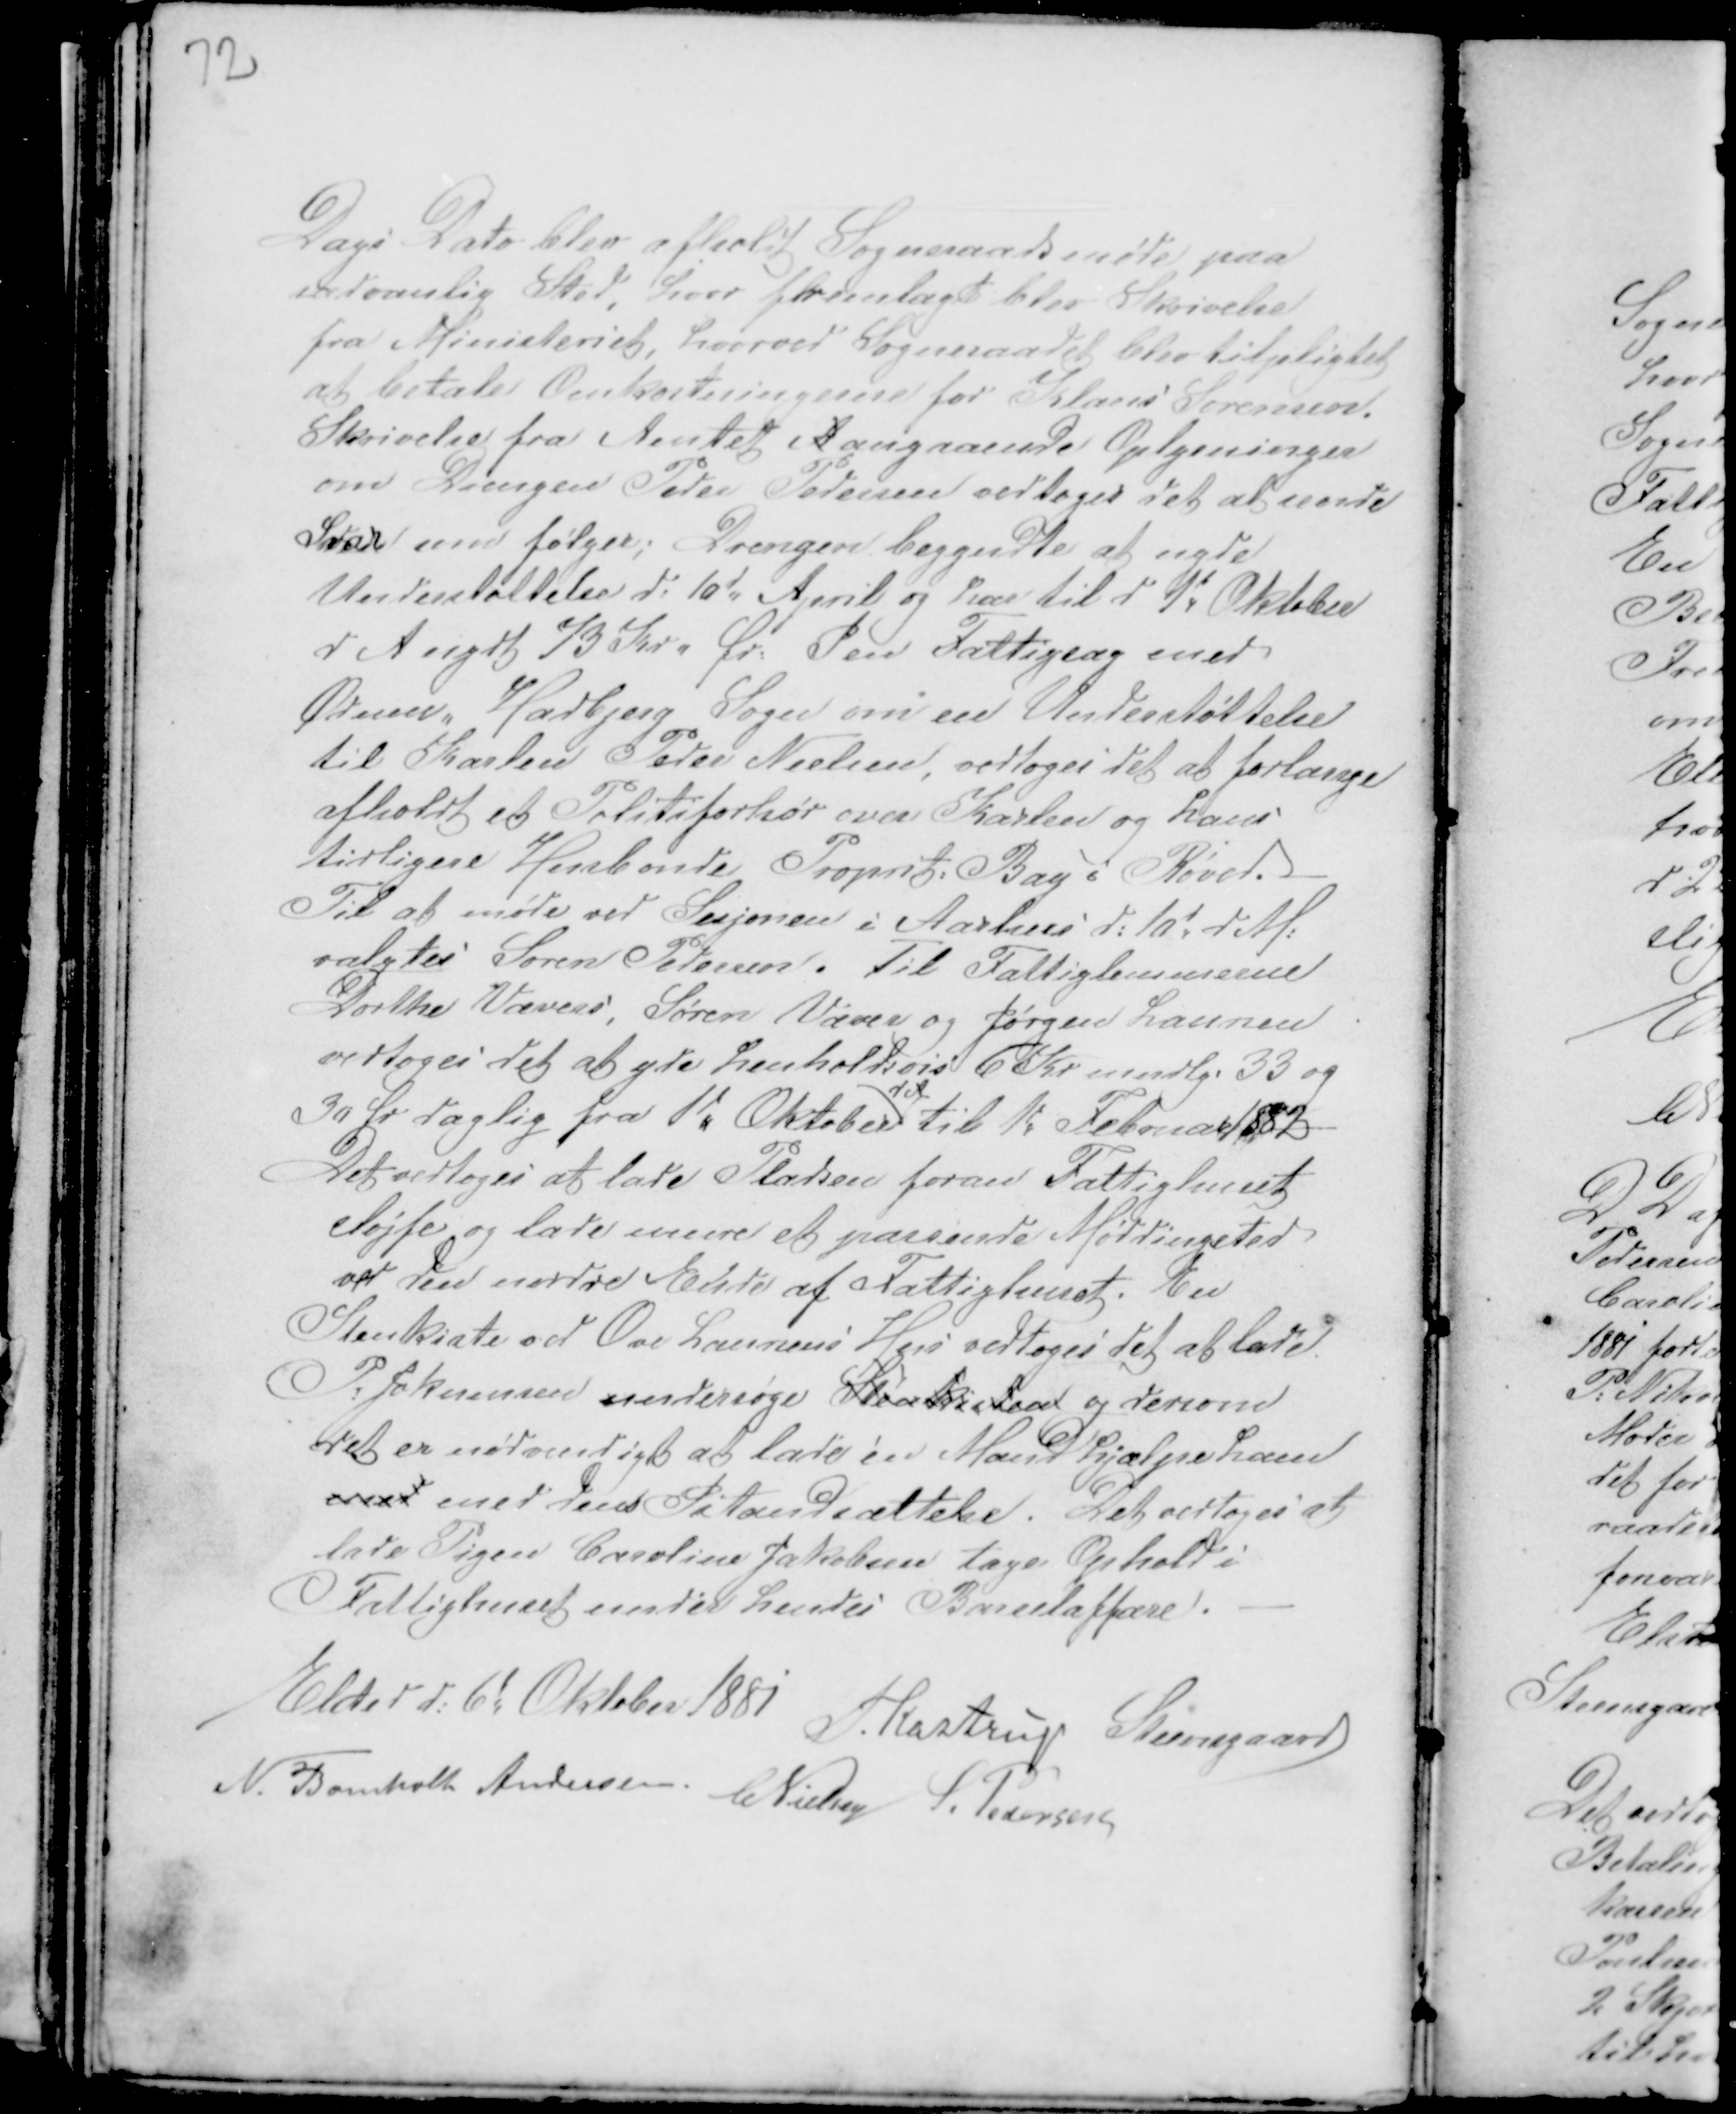
Transskription:
Dags Dato blev afholdt Sogneraadsmøde paa
sædvanlig Sted, hvor fremlagt blev Skrivelse
fra Ministeriet, hvorved Sogneraadet blev tilpligtet
at betale Omkostningerne for Klaus Sørensen.
Skrivelse fra Amtet A angaaende Oplysninger
om Drengen Peder Pedersen vedtoges det at sende
Svar med følger; Drengen begyndte at nyde
Understøttelse d. 10d April og har til d 1t Oktober
d A nydt 73 Kr " Ør: Den Fattigsag mod
Ødum Hadbjerg Sogn om en Understøttelse
til Karlen Peder Nielsen, vedtoges det at forlange
afholdt et Politiforhør over Karlen og hans
tidligere Husbonde Proprit Bay i Røved.
Til at møde ved Sesjonen i Aarhus d: 10d dM :
valgtes Søren Pedersen. Til Fattiglemmerne
Dorthe Vævers, Søren Væver og Jørgen Laursen
vedtoges det at yde Henholdsvis 6 Kr mndlg. 33 og
30 Ør daglig fra 1d Oktober
d A
til 1d Februar 1882
Det vedtoges at lade Pladsen foran Fattighuset
sløjfe og lade eveeere et passende Møddingsted
ved den nordre Ende af Fattighuset. En
Stenkiste ved Ove Laursens Hus vedtoges det at lade
P. Jokumsen undersøge Stenkisten og dersom
det er nødvendigt at lade én Mand hjælpe ham
med med dens Istandsættelse. Det vedtoges at
lade Pigen Caroline Jakobsen tage Ophold i
Fattighuset under hendes Barselaffære. -

Elsted d: 6d Oktober 1881
PKastrup Steensgaard
N. Bomholt Andersen CNielsen S. Pedersen